Statistics compiled by the Government of India from the reports of provincial Civil Veterinary Departments
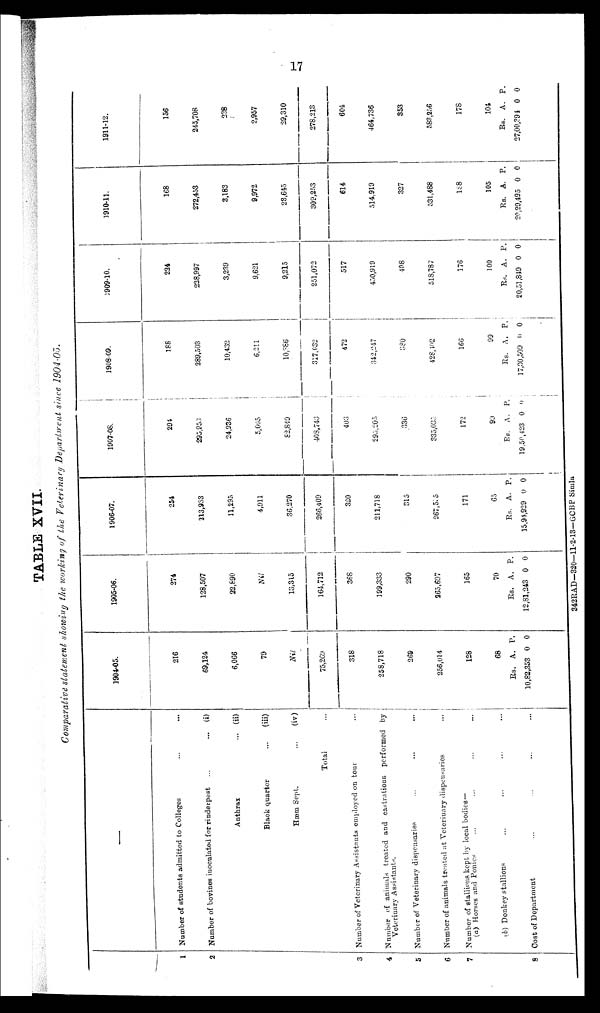
17
TABLE XVII.
Comparative statement showing the working of the Veterinary Department since 1904-05.
1
2
3
4
5
6
7
8
—
Number of students admitted to Colleges ... ...
Number of bovines inoculated for rinderpest ...
...
(i)
Anthrax
...
(ii)
Black quarter
...
(iii)
Hæm Sept.
...
(iv)
Total ...
Number of Veterinary Assistants employed on tour ...
Number of animals treated and castrations performed by
Veterinary Assistants.
Number of Veterinary dispensaries ... ... ...
Number of animals treated at Veterinary dispensaries ...
Number of stallions kept by local bodies—
(a) Horses and Ponies ... ... ... ...
(b) Donkey stallions ... ... ...
Cost of Department ... ... ... ... ...
1904-05.
216
69,124
6,066
79
Nil
75,269
318
258,718
269
256,014
128
68
Rs.
10,82,353
A.
0
P.
0
1905-06.
274
128,507
22,690
Nil
13,315
164,712
368
199,333
290
265,697
165
70
Rs.
12,81,243
A.
0
P.
0
1906-07.
254
213,933
11,295
4,911
36,270
266,409
320
211,718
315
267,515
171
65
Rs.
15,94,929
A.
0
P.
0
1907-08.
294
295,953
24,936
5,065
82,849
403,743
403
293,205
336
335,035
172
90
Rs.
19,50,423
A.
0
P.
0
1908-09.
188
289,503
10,432
6,211
10,886
317,032
472
342,247
380
428,402
166
99
Rs.
17,30,509
A.
0
P.
0
1909-10.
224
228,997
3,239
9,621
9,215
251,072
517
450,919
408
518,787
176
100
Rs. 20,51,849
A. 0 P. 0
1910-11.
168
272,453
3,183
9,972
23,645
309,253
614
514,919
327
531,488
188
105
Rs.
20,29,495
A.
0
P.
0
1911-12.
156
245,708
238
2,957
29,310
278,213
604
464,736
353
583,256
178
104
Rs. 27,00,394 A.
0
P.
0
342RAD—320—11-2-13-GCBP Simla